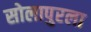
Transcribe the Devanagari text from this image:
सोलापुरला